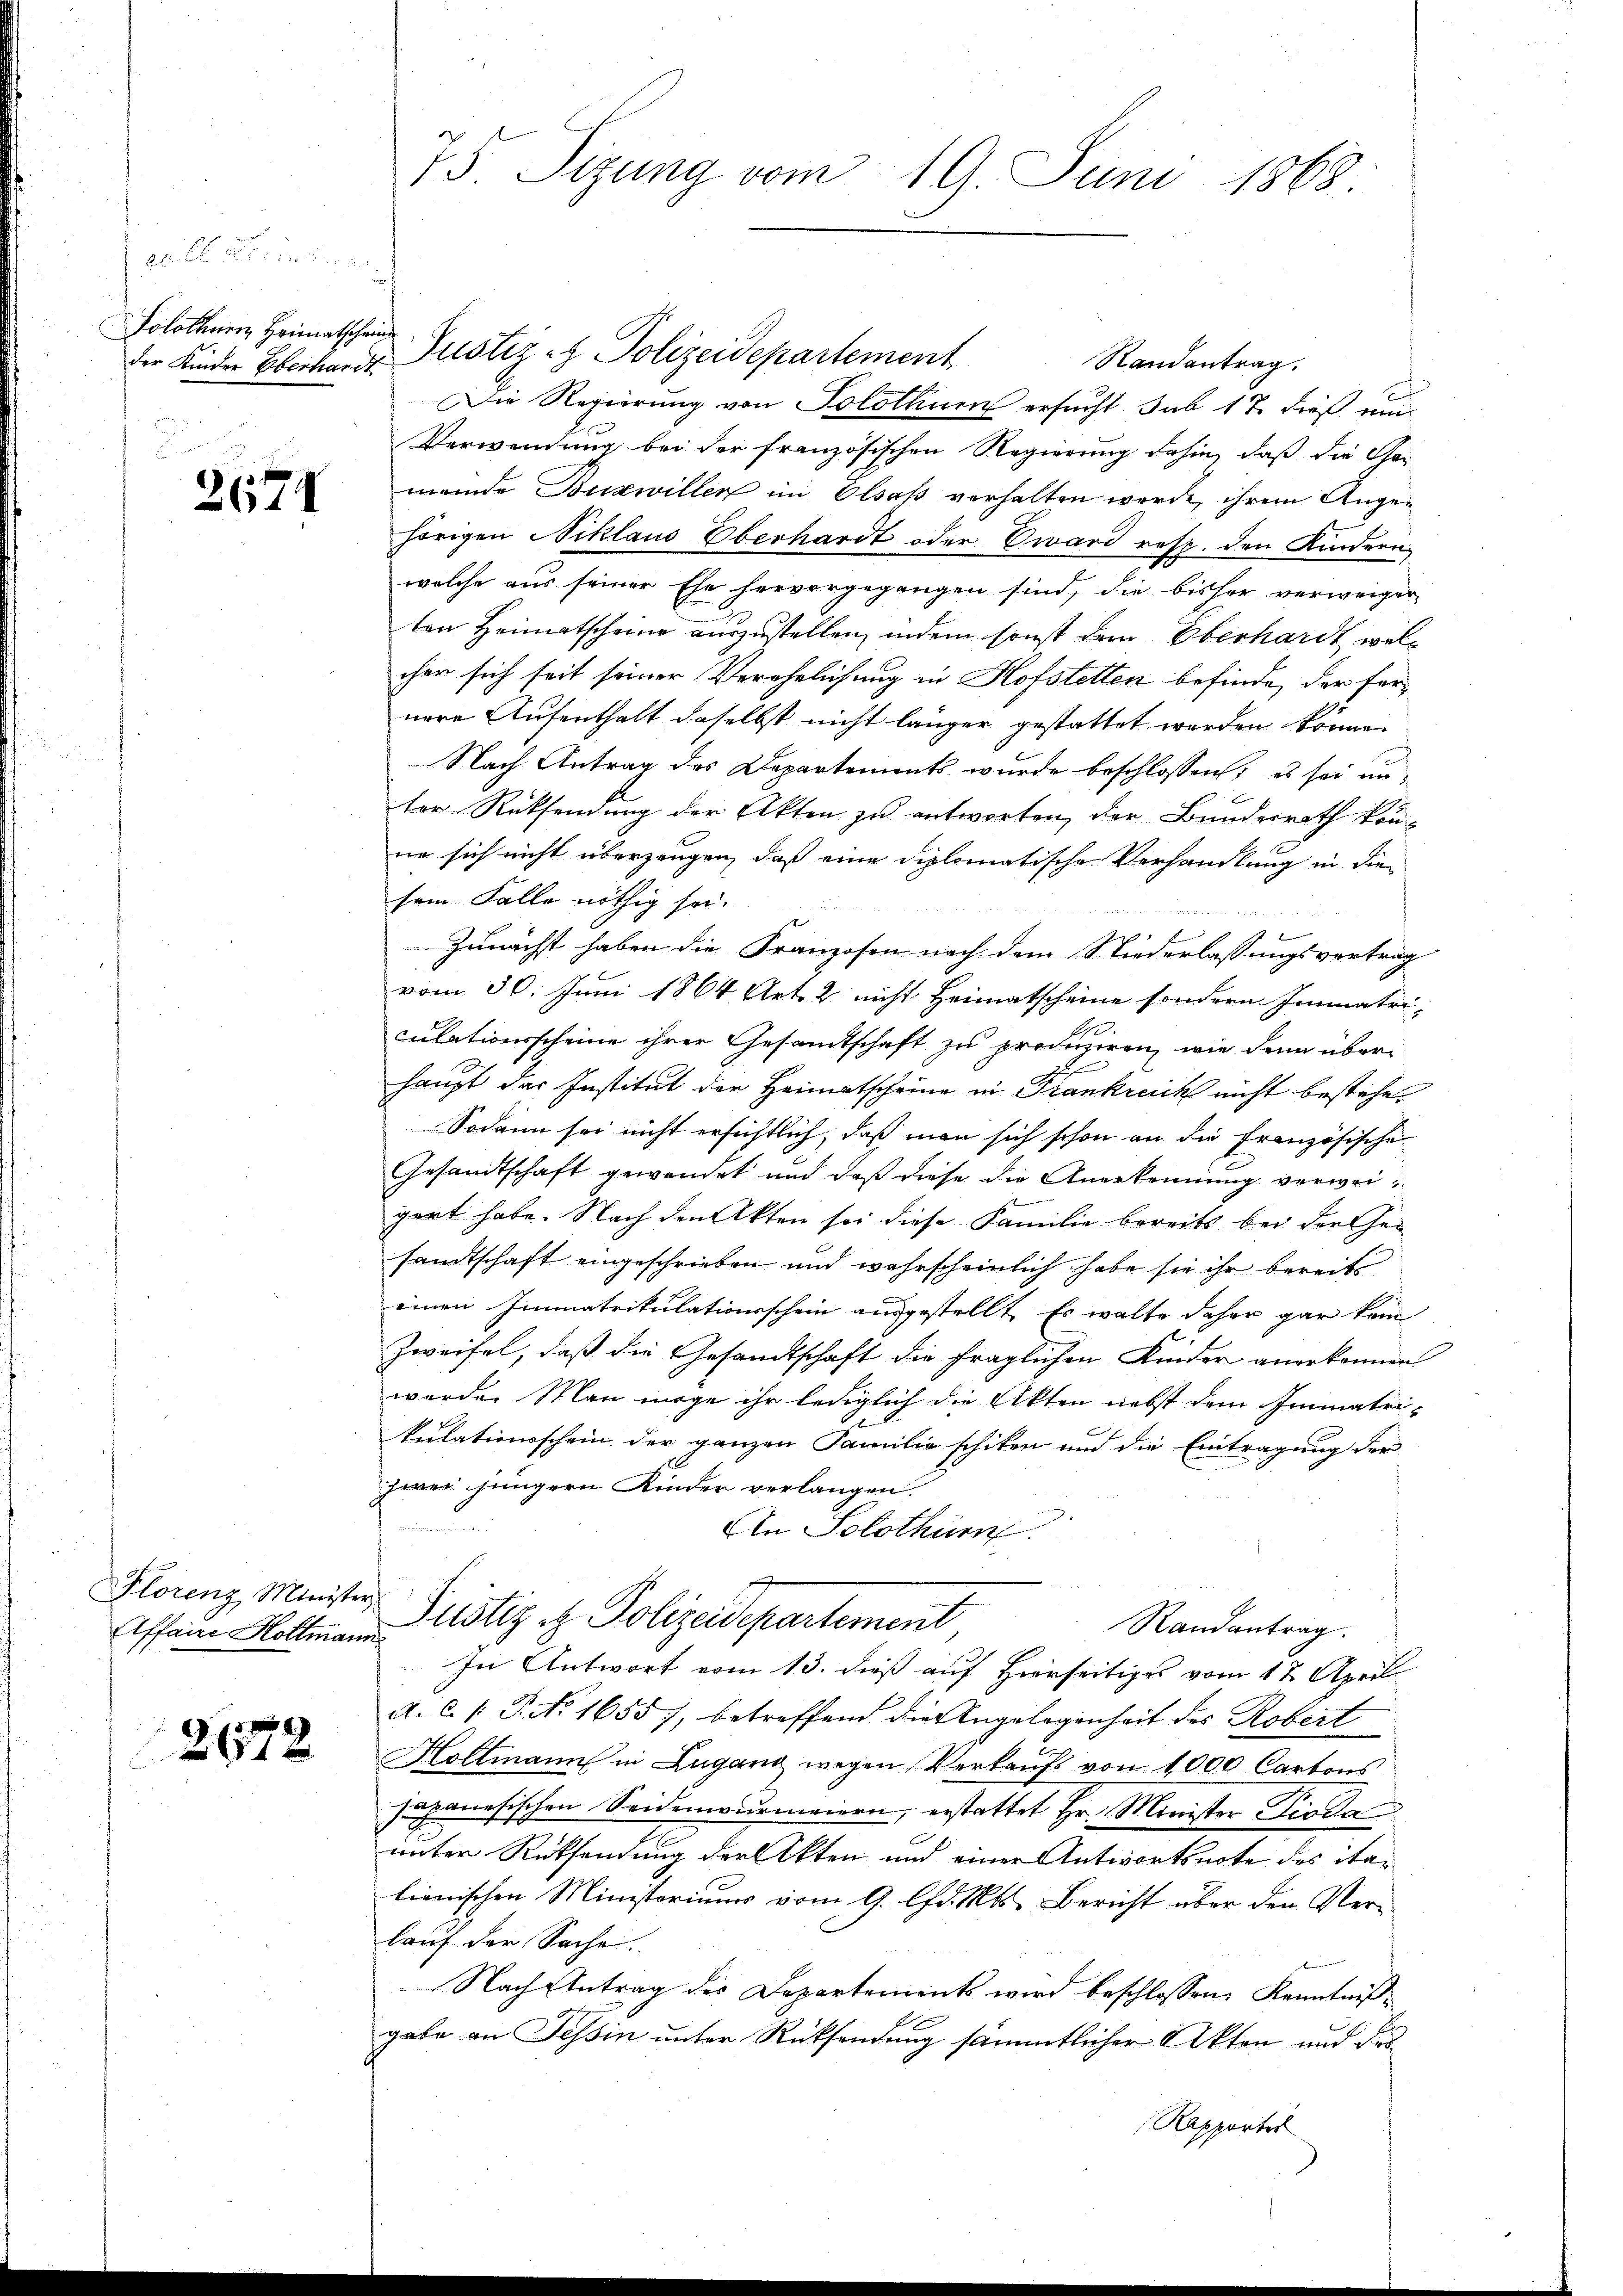
pult und der den der
Solothurn, Heimatscheine
der Kinder Eberhandt

d
2674

Florenz Minister
Affaire Holtmann

.
2672

75. Sizung vom 19. Juni 1868

Justiz- & Polizeidepartement
Randantrag.
Die Regierung von Solothurn ersucht, sub 17 dieß und
Verwendung bei der französischen Regierung dahin, daß die Gemeinde Buzwiller im Elsaß verhalten werde, ihrem Angehörigen Niklaus Überhardt oder ward resp. den Kindern
welche aus seiner Ehe hervorgegangen sind, die bisher verweiger
ten Heimatscheine auszustellen, indem sonst dem Oberhardt welcher sich seit seiner Verehelichung in Hofstetten befinde, der fer-
nere Aufenthalt daselbst nicht länger gestattet werden könne.
Nach Antrag des Departements wurde beschlossen; es sei anter Rücksendung der Akten zu antworten, der Bundesrath kön-
ne sich nicht überzeugen, daß eine diplomatische Verhandlung in die
sein Falle nöthig sei.
Zunächst haben die Franzosen nach dem Niederlassungsvertrag
vom 30. Juni 1864 Art. 2 nicht Heimatscheine sondern Immatri-
culationsscheine ihrer Gesandtschaft zu produziren, wie denn über
g
haupt das Institut der Heimatscheine in Frankreich nicht bestehet
Sodann sei nicht ersichtlich, daß man sich schon an die französische
Gesandtschaft gewendet und daß diese die Anerkennung verweigart habe. Nach den Akten sei diese Familie bereits bei die Gesamtschaft eingeschrieben und wahrscheinlich habe sie ihr bereits
einen Immatrikulationsschein ausgestellt. Es walte daher gar kein
Zweifel, daß die Gesandtschaft die fraglichen Kinder anerkennen
werden Man möge ihr lediglich die Akten nebst dem Immatri-
kulationsschein der ganzen Familie schiken und die Eintragung der
zwei jüngern Kinder verlangen.
Ain Solothur
Justiz & Polizeidepartement
Randantrag.
In Antwort vom 13. dieß auf Herrseitiges vom 17. April
A. C. P. No. 16557, betreffend die Angelegenheit des Robert
Holtmann in Zugano wegen Verkaufs von 1000 Cartons
sapanesischen Seidenwurmaiern, erstattet Hr. Minister Pioda
unter Rücksendung der Akten und einer Antwortsnote des italionischen Ministeriums vom 9. lfd. Mts. Bericht über den Verlauf der Sache.
Nach Antrag des Departements wird beschlossene Kenntnißgabe an Tessin unter Rücksendung sämmtlicher Akten und Fas¬
Rapportes